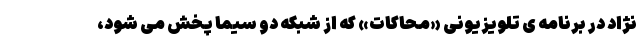
نژاد در برنامه ی تلویزیونی «محاکات» که از شبکه دو سیما پخش می شود،